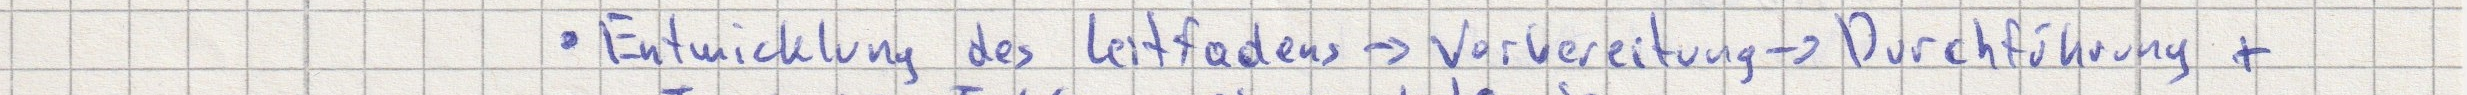
- Entwicklung des Leitfadens -> Vorbereitung -> Durchführung +